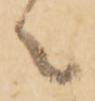
候